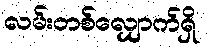
လမ်းတစ်လျှောက်ရှိ